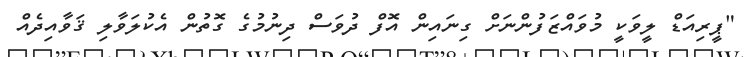
"ޕީރިއަޑް ލީވަކީ މުވައްޒަފުންނަށް ގިނައިން އޮފް ދުވަސް ދިނުމުގެ ގޮތުން އެކުލަވާލި ޤަވާއިދެއް